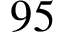
9 5